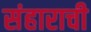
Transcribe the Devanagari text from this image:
संहाराची